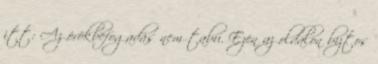
itt: Az örökbefogadás nem tabu. Ezen az oldalon biztos